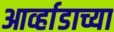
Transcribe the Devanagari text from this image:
आर्व्हाडाच्या